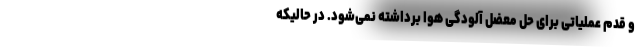
و قدم عملیاتی برای حل معضل آلودگی هوا برداشته نمی‌شود. در حالیکه